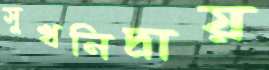
সুখনিদ্রায়